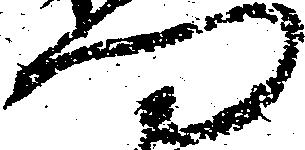
門